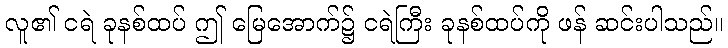
လူ၏ ငရဲ ခုနစ်ထပ် ဤ မြေအောက်၌ ငရဲကြီး ခုနစ်ထပ်ကို ဖန် ဆင်းပါသည်။